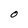
Character: O